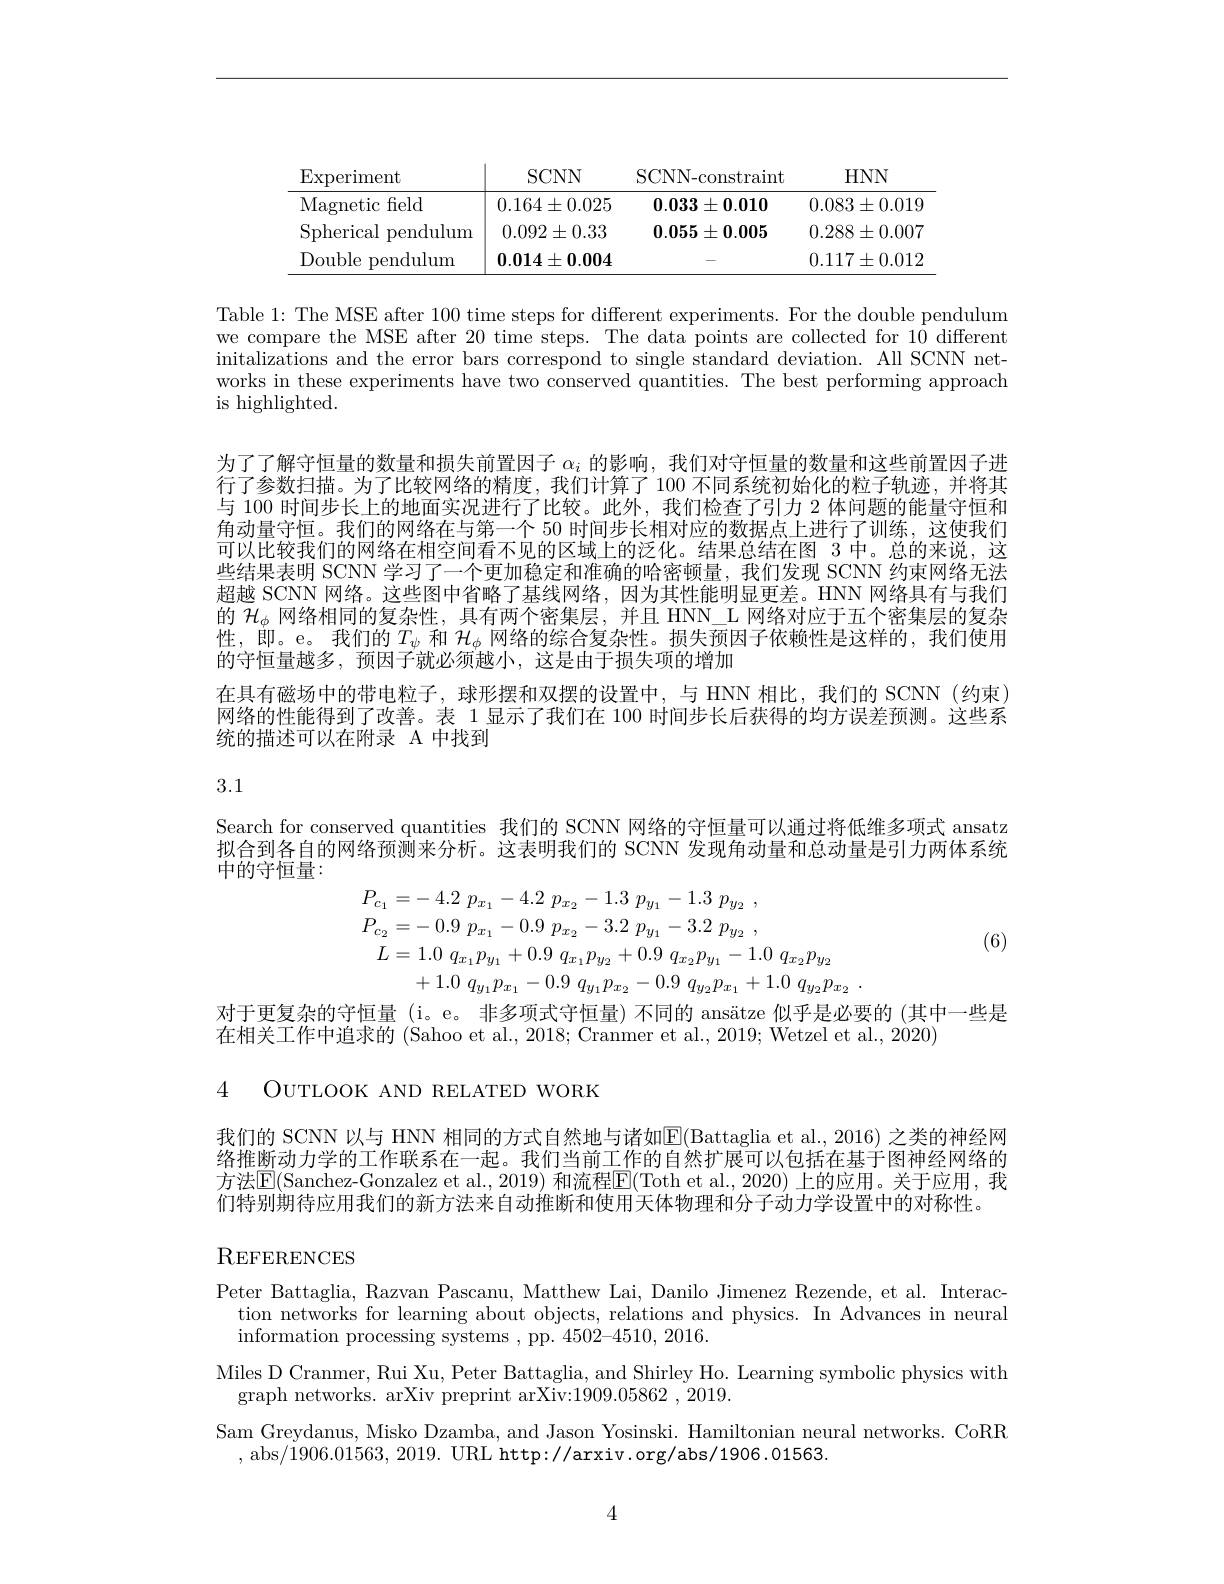
<table>
	<tbody>
		<tr>
			<th>$\operatorname{Experiment}$</th>
			<th>SCNN</th>
			<th>SCNN-constraint</th>
			<th>$HNN$</th>
		</tr>
		<tr>
			<td>Magnetic feld</td>
			<td>$0.164\pm0.025$</td>
			<td>$\mathbf{0.033\pm0.010}$</td>
			<td>$0.083\pm0.019$</td>
		</tr>
		<tr>
			<td>Spherical pendulum</td>
			<td>$0.092\pm0.33$</td>
			<td>$\mathbf{0}.\mathbf{0}55\pm\mathbf{0}.005$</td>
			<td>$0.288\pm0.007$</td>
		</tr>
		<tr>
			<td>Double pendulum</td>
			<td>$\mathbf{0}.\mathbf{0}14\pm\mathbf{0}.\mathbf{0}04$</td>
			<td> </td>
			<td>$0.117\pm0.012$</td>
		</tr>
	</tbody>
</table>

Table 1: The MSE after 100 time steps for different experiments. For the double pendulum we compare the MSE after 20 time steps. The data points are collected for 10 different initalizations and the error bars correspond to single standard deviation. All SCNN networks in these experiments have two conserved quantities. The best performing approach is highlighted.

为了了解守恒量的数量和损失前置因子$\alpha_i$的影响，我们对守恒量的数量和这些前置因子进行了参数扫描。为了比较网络的精度，我们计算了 100 不同系统初始化的粒子轨迹，并将其与 100 时间步长上的地面实况进行了比较。此外，我们检查了引力 2 体问题的能量守恒和角动量守恒。我们的网络在与第一个 50 时间步长相对应的数据点上进行了训练，这使我们可以比较我们的网络在相空间看不见的区域上的泛化。结果总结在图 3 中。总的来说，这些结果表明 SCNN 学习了一个更加稳定和准确的哈密顿量，我们发现 SCNN 约束网络无法超越 SCNN 网络。这些图中省略了基线网络，因为其性能明显更差。HNN 网络具有与我们的$\mathcal{H}_\phi$网络相同的复杂性，具有两个密集层，并且 HNN\_L 网络对应于五个密集层的复杂性，即。e。我们的$T_\psi$和$\mathcal{H}_\phi$网络的综合复杂性。损失预因子依赖性是这样的，我们使用的守恒量越多，预因子就必须越小，这是由于损失项的增加
在具有磁场中的带电粒子，球形摆和双摆的设置中，与 HNN 相比，我们的 SCNN(约束) 网络的性能得到了改善。表 1 显示了我们在 100 时间步长后获得的均方误差预测。这些系统的描述可以在附录 A 中找到

3.1

Search for conserved quantities 我们的 SCNN 网络的守恒量可以通过将低维多项式 ansatz 拟合到各自的网络预测来分析。这表明我们的 SCNN 发现角动量和总动量是引力两体系统中的守恒量：
$$\begin{aligned}P_{c_{1}}&=-\:4.2\:p_{x_{1}}-4.2\:p_{x_{2}}-1.3\:p_{y_{1}}\:-\:1.3\:p_{y_{2}}\:,\\P_{c_{2}}&=-\:0.9\:p_{x_{1}}-0.9\:p_{x_{2}}-3.2\:p_{y_{1}}-3.2\:p_{y_{2}}\:,\\&L=1.0\:q_{x_{1}}p_{y_{1}}+0.9\:q_{x_{1}}p_{y_{2}}+0.9\:q_{x_{2}}p_{y_{1}}-1.0\:q_{x_{2}}p_{y_{2}}\\&+1.0\:q_{y_{1}}p_{x_{1}}-0.9\:q_{y_{1}}p_{x_{2}}-0.9\:q_{y_{2}}p_{x_{1}}+1.0\:q_{y_{2}}p_{x_{2}}\:.\\\end{aligned}$$
(6)

对于更复杂的守恒量 (i。e。非多项式守恒量)不同的 ansätze 似乎是必要的 (其中一些是
在相关工作中追求的 (Sahoo et al., 2018; Cranmer et al., 2019; Wetzel et al., 2020)

4 OUTLOOK AND RELATED WORK

我们的 SCNN 以与 HNN 相同的方式自然地与诸如E(Battaglia et al., 2016) 之类的神经网络推断动力学的工作联系在一起。我们当前工作的自然扩展可以包括在基于图神经网络的方法$\mathsf{E}($Sanchez-Gonzalez et al., 2019) 和流程$\mathsf{E}($Toth et al., 2020) 上的应用。关于应用，我们特别期待应用我们的新方法来自动推断和使用天体物理和分子动力学设置中的对称性。

## REFERENCES

Peter Battaglia, Razvan Pascanu, Matthew Lai, Danilo Jimenez Rezende, et al. Interac-
tion networks for learning about objects, relations and physics. In Advances in neural
information processing systems , pp. 4502-4510, 2016.
Miles D Cranmer, Rui Xu, Peter Battaglia, and Shirley Ho. Learning symbolic physics with
graph networks. arXiv preprint arXiv:1909.05862 , 2019.
Sam Greydanus, Misko Dzamba, and Jason Yosinski. Hamiltonian neural networks. CoRR
, abs/1906.01563, 2019. URL http://arxiv.org/abs/1906.01563.

4